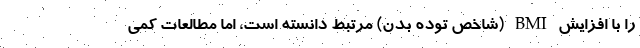
را با افزایش BMI (شاخص توده بدن) مرتبط دانسته است، اما مطالعات کمی